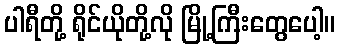
ပါရီတို့ ရိုင်ယိုတို့လို မြို့ကြီးတွေပေါ့။